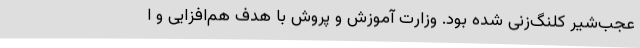
عجب‌شیر کلنگ‌زنی شده بود. وزارت آموزش و پروش با هدف هم‌افزایی و ا